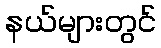
နယ်များတွင်